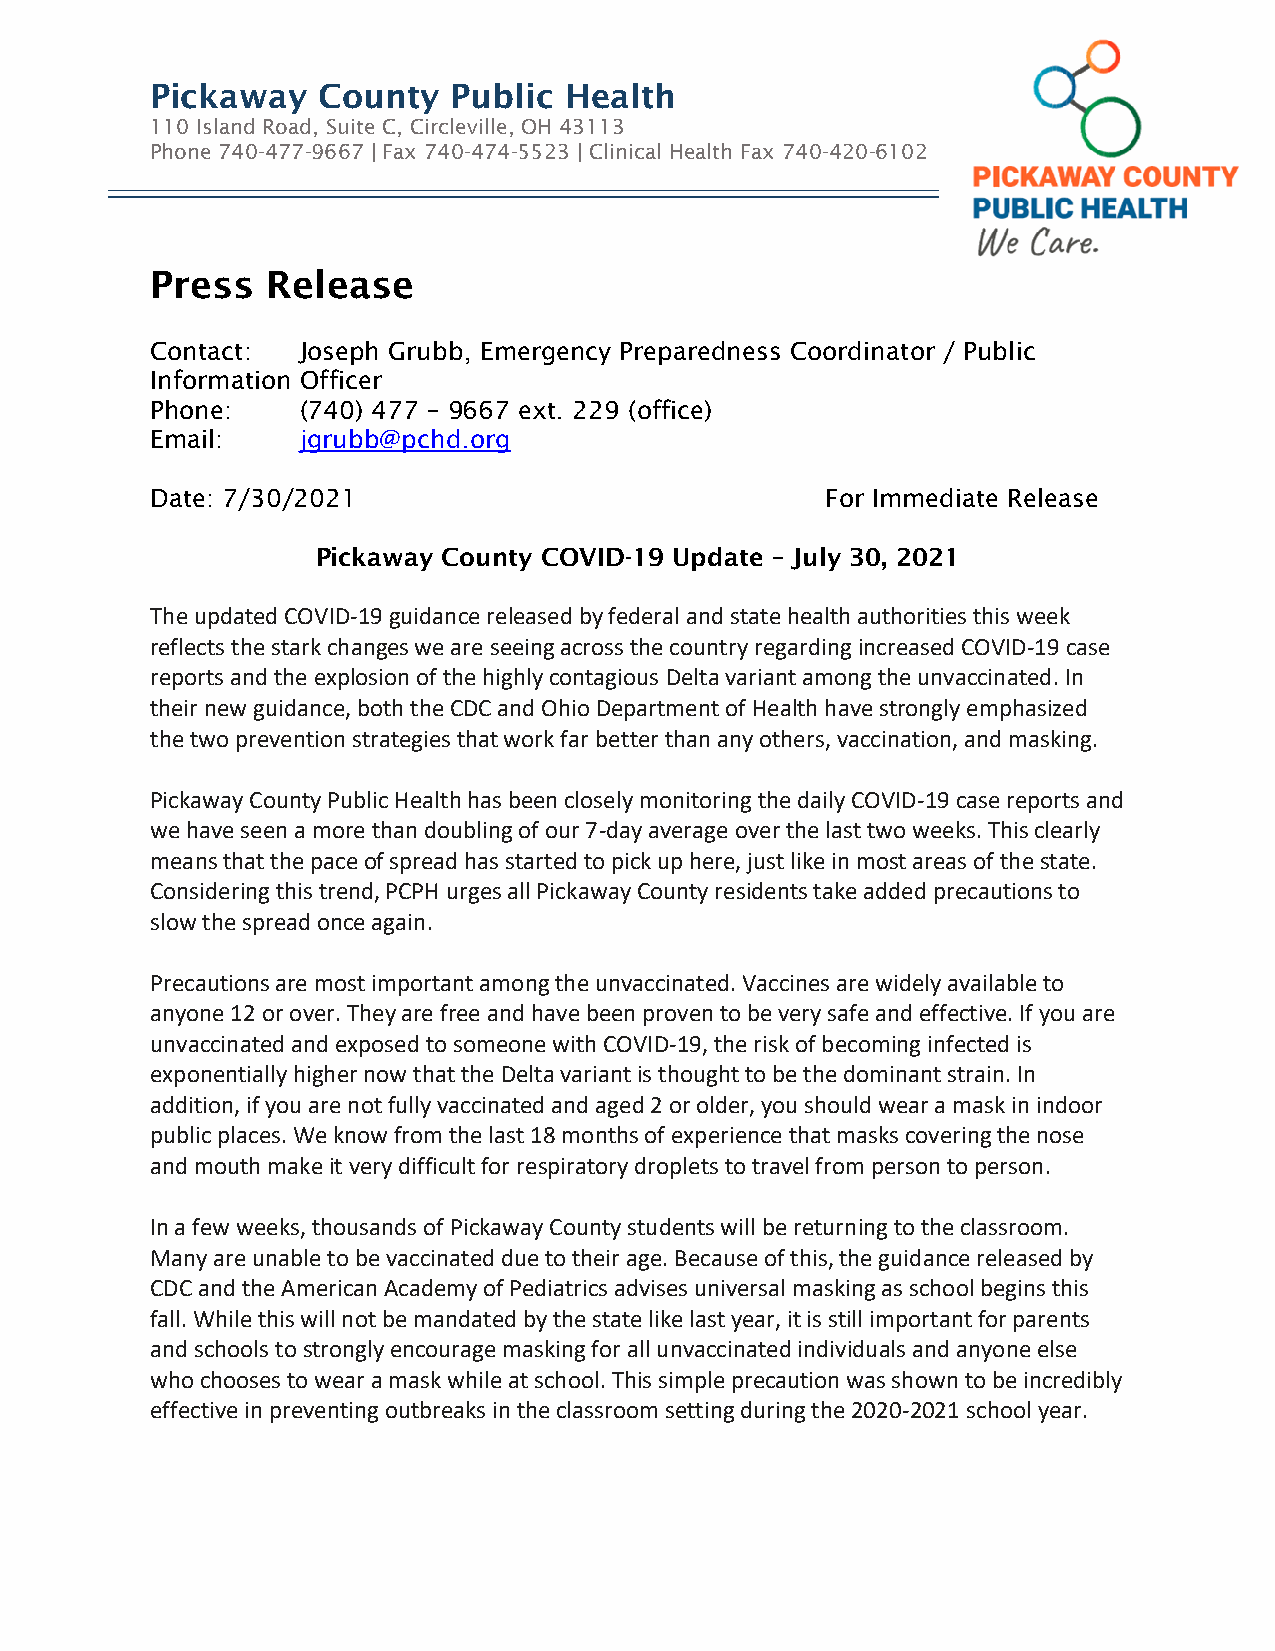
Pickaway   County   Public Health
 110 Island Road, Suite C, Circleville, OH 43113
 Phone 740-477-9667 | Fax 740-474-5523 | Clinical Health Fax 740-420-6102
 Press   Release
 Contact:  Joseph Grubb, Emergency Preparedness Coordinator / Public
 Information Officer
 Phone:    (740) 477 – 9667 ext. 229 (office)
 Email:    jgrubb@pchd.org
 Date: 7/30/2021                              For Immediate Release
 Pickaway County COVID-19 Update – July 30, 2021
 The updated COVID-19 guidance released by federal and state health authorities this week
 reflects the stark changes we are seeing across the country regarding increased COVID-19 case
 reports and the explosion of the highly contagious Delta variant among the unvaccinated. In
 their new guidance, both the CDC and Ohio Department of Health have strongly emphasized
 the two prevention strategies that work far better than any others, vaccination, and masking.
 Pickaway County Public Health has been closely monitoring the daily COVID-19 case reports and
 we have seen a more than doubling of our 7-day average over the last two weeks. This clearly
 means that the pace of spread has started to pick up here, just like in most areas of the state.
 Considering this trend, PCPH urges all Pickaway County residents take added precautions to
 slow the spread once again.
 Precautions are most important among the unvaccinated. Vaccines are widely available to
 anyone 12 or over. They are free and have been proven to be very safe and effective. If you are
 unvaccinated and exposed to someone with COVID-19, the risk of becoming infected is
 exponentially higher now that the Delta variant is thought to be the dominant strain. In
 addition, if you are not fully vaccinated and aged 2 or older, you should wear a mask in indoor
 public places. We know from the last 18 months of experience that masks covering the nose
 and mouth make it very difficult for respiratory droplets to travel from person to person.
 In a few weeks, thousands of Pickaway County students will be returning to the classroom.
 Many are unable to be vaccinated due to their age. Because of this, the guidance released by
 CDC and the American Academy of Pediatrics advises universal masking as school begins this
 fall. While this will not be mandated by the state like last year, it is still important for parents
 and schools to strongly encourage masking for all unvaccinated individuals and anyone else
 who chooses to wear a mask while at school. This simple precaution was shown to be incredibly
 effective in preventing outbreaks in the classroom setting during the 2020-2021 school year.